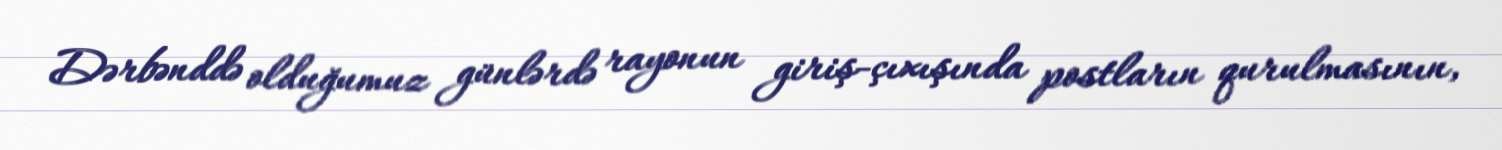
Dərbənddə olduğumuz günlərdə rayonun giriş-çıxışında postların qurulmasının,